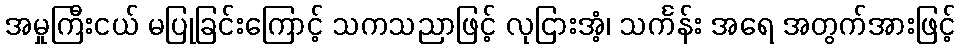
အမှုကြီးငယ် မပြုခြင်းကြောင့် သကသညာဖြင့် လုငြားအံ့၊ သင်္ကန်း အရေ အတွက်အားဖြင့်